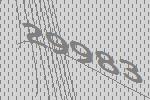
29983